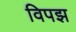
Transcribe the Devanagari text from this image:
विपझ